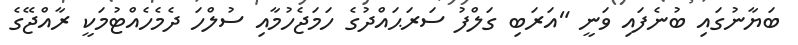
ބަޔާނުގައި ބުނެފައި ވަނީ "އަރަބި ގަލްފު ސަރަޙައްދުގެ ހަމަޖެހުމާއި ސުލްހަ ދެމެހެއްޓުމަކީ ރާއްޖޭގެ